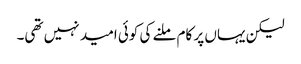
لیکن یہاں پر کام ملنے کی کوئی امید نہیں تھی۔